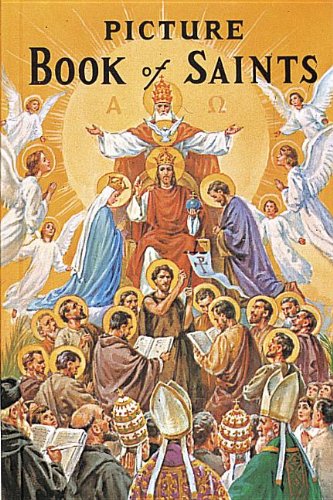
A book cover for Picture Book of Saints: Illustrated Lives of the Saints for Young and Old; Lawrence G. Lovasik; Christian Books & Bibles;